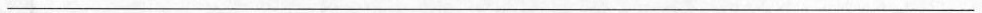
___